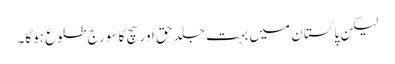
لیکن پاکستان میں بہت جلد حق اور سچ کا سورج طلوع ہوگا۔